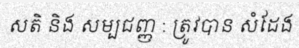
សតិ និង សម្បជញ្ញ : ត្រូវបាន សំដែង